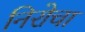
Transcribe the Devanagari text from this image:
निरोचा